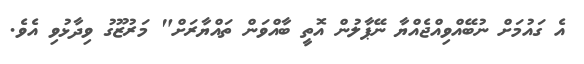
އެ ގައުމަށް ނުބޭއްވިއްޖެއްޔާ ނޭޕާލުން އޮތީ ބާއްވަން ތައްޔާރަށް" މަރުޒޫގު ވިދާޅުވި އެވެ.